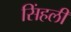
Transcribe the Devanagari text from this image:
सिंहलीं